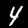
Label: 4